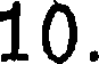
10.